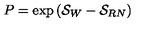
P = \exp \left( { \cal S } _ { W } - { \cal S } _ { R N } \right)